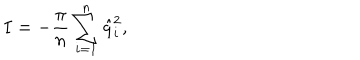
I = - { \frac { \pi } { n } } \sum _ { i = 1 } ^ { n } \hat { q } _ { i } ^ { 2 } ,